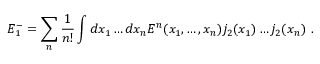
E _ { 1 } ^ { - } = \sum _ { n } \frac 1 { n ! } \int d x _ { 1 } \dots d x _ { n } { \cal E } ^ { n } ( x _ { 1 } , \dots , x _ { n } ) j _ { 2 } ( x _ { 1 } ) \dots j _ { 2 } ( x _ { n } ) \ .